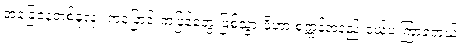
အခြေနေတစ်ခုလုံး ကပြောင်းကပြန်တွေ ဖြစ်သွားဖို့ဟာ စက္ကန့်အနည်းငယ်ပဲ ကြာခဲ့တယ်။